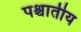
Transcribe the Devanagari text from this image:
पश्चातीय